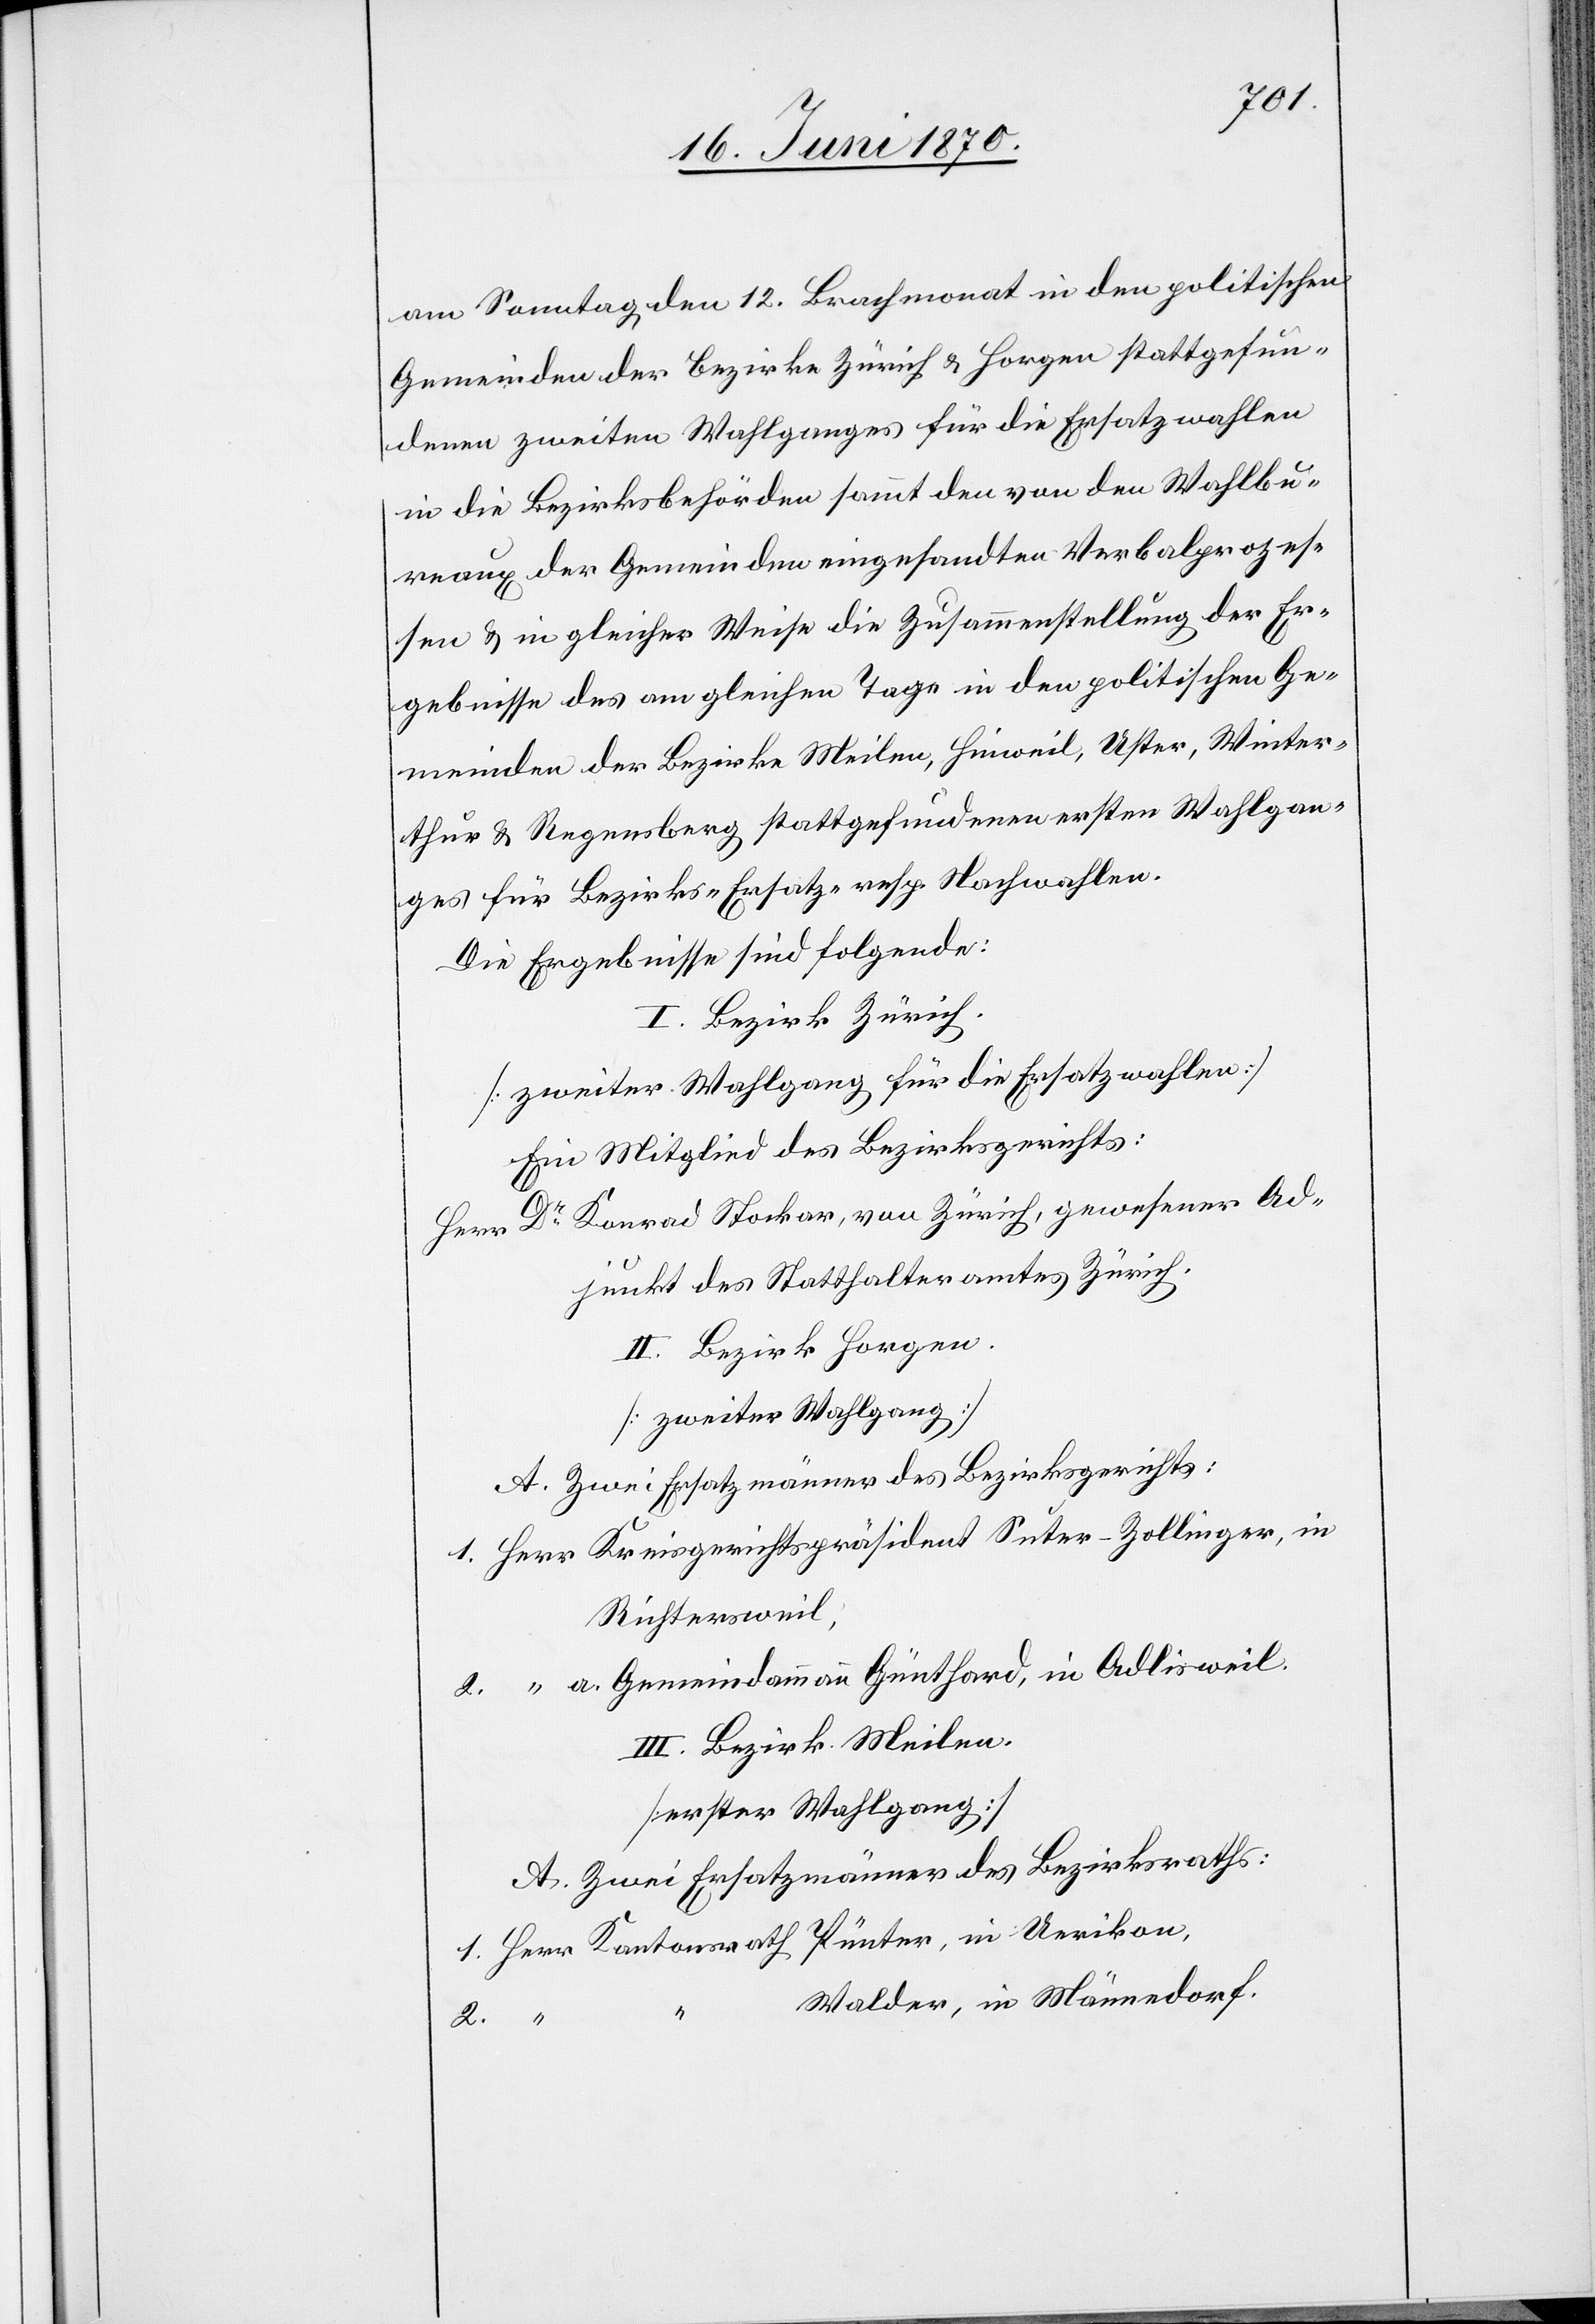
am Sonntag den 12. Brachmonat in den politischen
Gemeinden der Bezirke Zürich & Horgen stattgefun¬
denen zweiten Wahlganges für die Ersatzwahlen
in die Bezirksbehörden sammt den von den Wahlbu¬
reaux der Gemeinden eingesandten Verbalprozes¬
sen & in gleicher Weise die Zusammenstellung der Er¬
gebnisse des am gleichen Tage in den politischen Ge¬
meinden der Bezirke Meilen, Hinweil, Uster, Winter¬
thur & Regensberg stattgefundenen ersten Wahlgan¬
ges für die Bezirks-[,] Ersatz- resp. Nachwahlen.
Die Ergebnisse sind folgende:
I. Bezirk Zürich.
[Zweiter Wahlgang für die Ersatzwahlen]
Ein Mitglied des Bezirksgerichts:
Dr Konrad Stockar, von Zürich, gewesener Ad¬
Herr
junkt des Statthalteramtes Zürich.
II. Bezirk Horgen.
[Zweiter Wahlgang]
A. Zwei Ersatzmänner des Bezirksgerichts:
1. Herr Kreisgerichtspräsident Suter-Zollinger, in
Richtersweil.
2. “ a. Gemeindammann Günthard, in Adlisweil.
III. Bezirk Meilen.
[erster Wahlgang]
A. Zwei Ersatzmänner des Bezirksraths:
1. Herr Kantonsrath Pünter, in Uerikon.
Walder, in Männedorf.